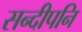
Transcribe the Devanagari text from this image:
सन्‍दीपनि